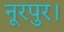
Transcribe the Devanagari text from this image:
नूरपुर।